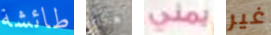
طائشة هكذا يمني غير